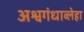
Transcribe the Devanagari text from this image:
अश्वगंधाव्लेहा